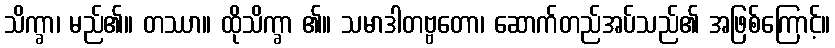
သိက္ခာ၊ မည်၏။ တဿာ။ ထိုသိက္ခာ ၏။ သမာဒါတဗ္ဗတော၊ ဆောက်တည်အပ်သည်၏ အဖြစ်ကြောင့်။